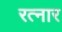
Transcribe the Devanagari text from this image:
रत्नार